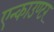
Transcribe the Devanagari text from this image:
एन्काउण्टर